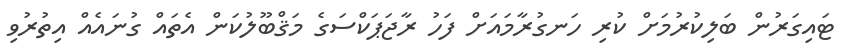
ޓައިގަރުން ބަލިކުރުމަށް ކުރި ހަނގުރާމައަށް ފަހު ރާޖަޕަކްސަގެ މަޤްބޫލުކަން އެތައް ގުނައެއް އިތުރުވި